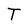
Character: T